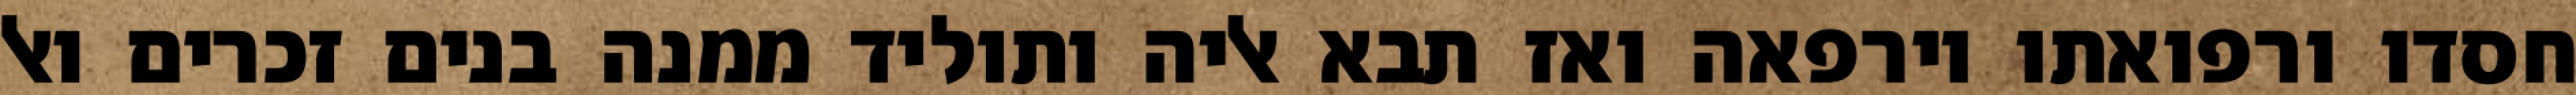
חסדו ורפואתו וירפאה ואז תבא אליה ותוליד ממנה בנים זכרים ואל